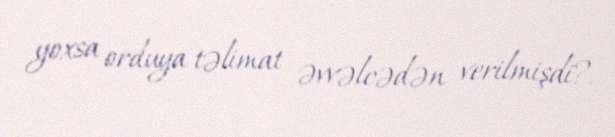
yoxsa orduya təlimat əvvəlcədən verilmişdi?.